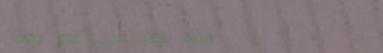
متاجر بيتزا علي تقدم خدمة